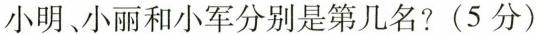
小明、小丽和小军分别是第几名?(5分)